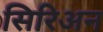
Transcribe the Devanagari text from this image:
सिरिअन